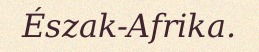
Észak-Afrika.